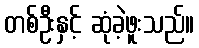
တစ်ဦးနှင့် ဆုံခဲ့ဖူးသည်။